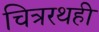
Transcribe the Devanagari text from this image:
चित्ररथही